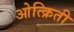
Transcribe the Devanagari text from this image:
ओत्क्रिती